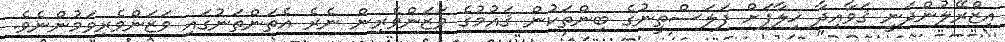
އިޒްރޭލުންދަނީ ޤަވާއިދާ ޚިލާފަށް ފަލަސްތީނުގެ ބިންތަކުން ޤައުމުގެ ވަޒަންވެރިން ނެރެ އެތަންތަނުގައި ވަޒަންވެރިވަމުންނެވެ.